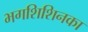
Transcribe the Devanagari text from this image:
भगशिशिनका